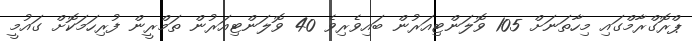
ޕްރޮގްރާމްގައި މިހާތަނަށް 105 ވޮލަންޓިއަރުން ބައިވެރިވެ 40 ވޮލަންޓިއަރުން ތަމްރީން ފުރިހަމަކޮށް ގައުމީ